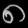
Digit: ၈